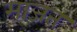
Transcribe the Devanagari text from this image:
माजत